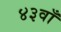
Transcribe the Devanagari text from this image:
४३वाँ